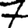
Digit: 7